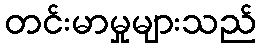
တင်းမာမှုများသည်